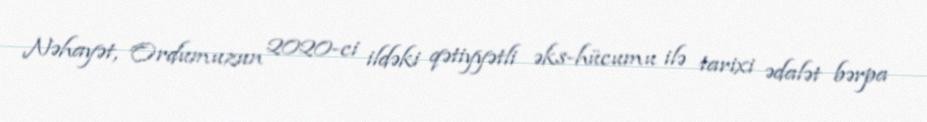
Nəhayət, Ordumuzun 2020-ci ildəki qətiyyətli əks-hücumu ilə tarixi ədalət bərpa